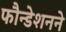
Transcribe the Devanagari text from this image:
फौन्डेशनने